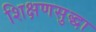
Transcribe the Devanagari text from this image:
शिक्षणसुद्धा